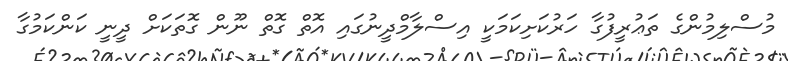
މުސްލިމުންގެ ތަޢުރީފުގާ ހަރުކަށިކަމަކީ އިސްލާމްދީނުގައި އޮތް ގޮތް ނޫން ގޮތަކަށް ދީނީ ކަންކަމުގާ